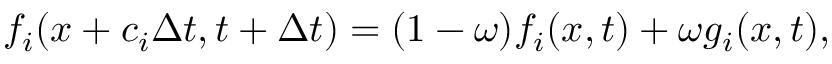
f _ { i } ( x + c _ { i } \Delta t , t + \Delta t ) = ( 1 - \omega ) f _ { i } ( x , t ) + \omega g _ { i } ( x , t ) ,